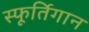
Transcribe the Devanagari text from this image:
स्फूर्तिगान